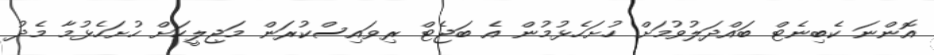
އޮންނަ ކެބިނެޓް ބައްދަލުވުމަށް ހުށަހެޅުމުން އެ ބަޖެޓް ރިވައިސްކުރަން މަޖިލީހަށް ހުށަހެޅުމާ މެދު